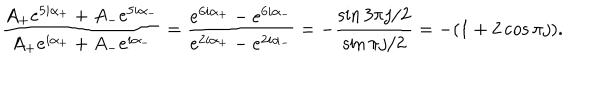
\frac { A _ { + } e ^ { 5 i \alpha _ { + } } + A _ { - } e ^ { 5 i \alpha _ { - } } } { A _ { + } e ^ { i \alpha _ { + } } + A _ { - } e ^ { i \alpha _ { - } } } = \frac { e ^ { 6 i \alpha _ { + } } - e ^ { 6 i \alpha _ { - } } } { e ^ { 2 i \alpha _ { + } } - e ^ { 2 i \alpha _ { - } } } = - \frac { \sin 3 \pi j / 2 } { \sin \pi j / 2 } = - ( 1 + 2 \cos \pi j ) .